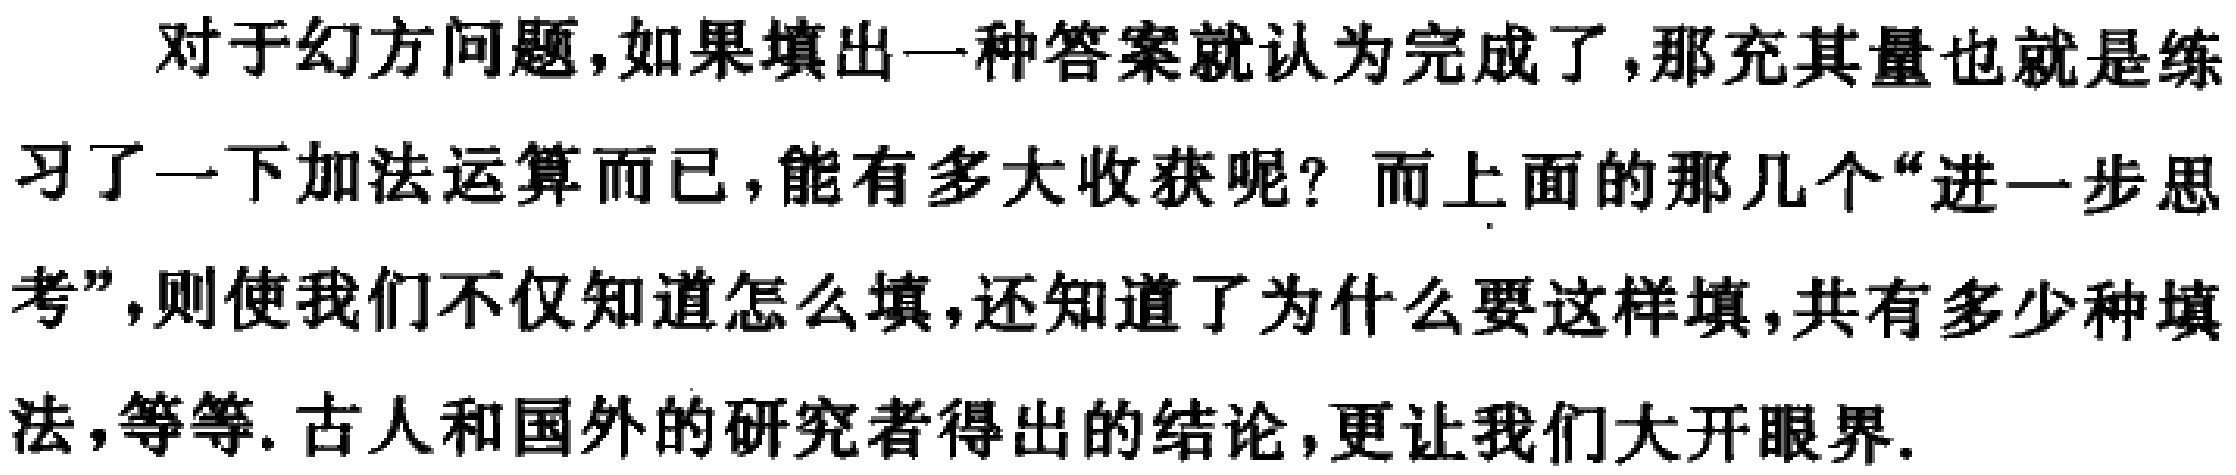
对于幻方问题，如果填出一种答案就认为完成了，那充其量也就是练习了一下加法运算而已，能有多大收获呢？而上面的那几个“进一步思考”，则使我们不仅知道怎么填，还知道了为什么要这样填，共有多少种填法，等等. 古人和国外的研究者得出的结论，更让我们大开眼界.